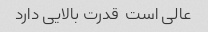
عالی است  قدرت بالایی دارد